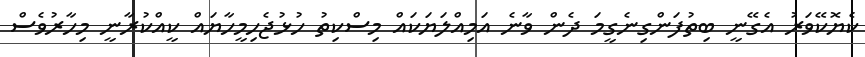
ކެޔޮކޭވަރު އެގޭނީ ބިތުފަންގިނެގީމަ ދެން ވާނެ އަމިއްލަޔަކައް މިސްކިތު ހުޅުޖެހިމީހާޔައް ކީއްކުރާނީ މިހާރުވެސް